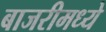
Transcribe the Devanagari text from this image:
बाजरीमध्ये